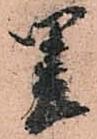
里